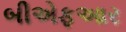
બીએફઆર